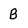
Character: B